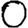
Digit: 0